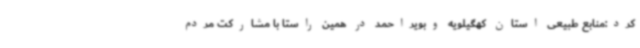
کرد:منابع طبیعی استان کهگیلویه وبویراحمد در همین راستا با مشارکت مردم